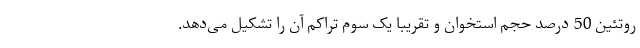
روتئین 50 درصد حجم استخوان و تقریبا یک سوم تراکم آن را تشکیل می‌دهد.